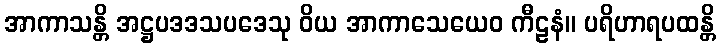
အာကာသန္တိ အဋ္ဌပဒဒသပဒေသု ဝိယ အာကာသေယေဝ ကီဠနံ။ ပရိဟာရပထန္တိ